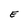
Character: E